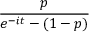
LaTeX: \! \, { \frac { p } { e ^ { - i t } - ( 1 - p ) } }